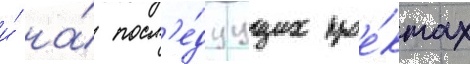
и́ на́ посл'е́дуущих прое́ктах